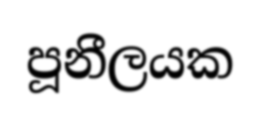
පූනීලයක